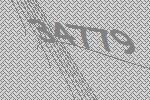
34779